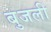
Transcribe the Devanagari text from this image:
बुजली